Sketch of the medical history of the native army of Bombay, for the year
Year: 1872
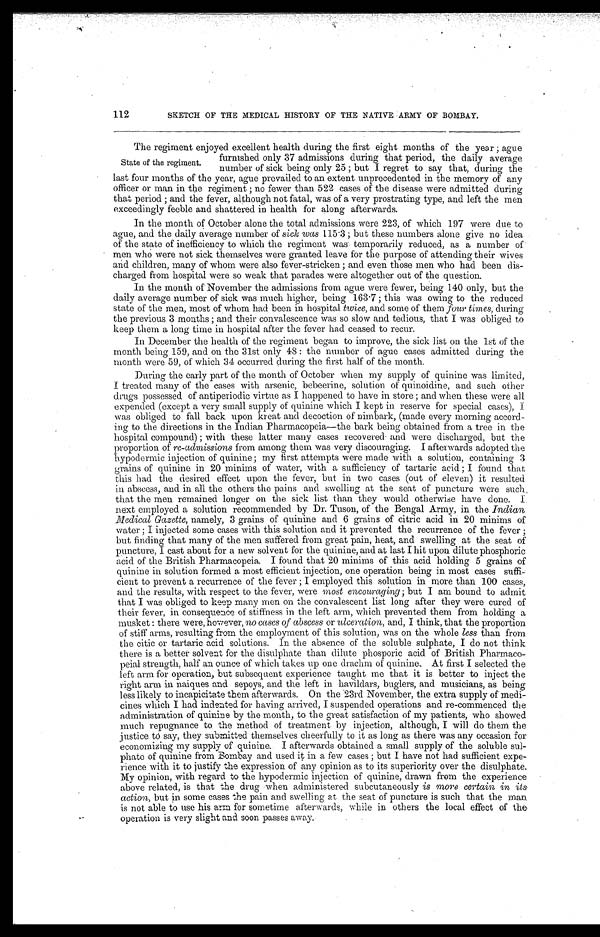
112
SKETCH OF THE MEDICAL HISTORY OF THE NATIVE ARMY OF BOMBAY.
•
The regiment enjoyed excellent health during the first eight months of the year ; ague
furnished only 37 admissions during that period, the daily average
State of the regiment.
number of sick being only 25 ; but I regret to say that, during the
last four months of the year, ague prevailed to an extent. unprecedented in the memory of any
officer or man in the regiment ; no fewer than 522 cases of the disease were admitted during
that period ; and the fever, although not fatal, was of a very prostrating type, and left the men
exceedingly feeble and shattered in health for along afterwards.
In the month of October alone the total admissions were 223, of which 197 were due to
ague, and the daily average number of sick, was 115 .3 ; but these numbers alone give no idea
of the state of inefficiency to which the regiment was' temporarily reduced, as a number of
men who were not sick themselves were granted leave for the purpose of attending their wives
and children, many of whom were also fever-stricken ; and even those men who had been dis-
charged from hospital were so weak that parades were altogether out of the question.
In the month of November the admissions from ague were fewer, being 140 only, but the
daily average number of sick was much higher, being 163 . 7 ; this was owing to the reduced
state of the men, most of , whom had been in hospital twice, and some of them four times, during
the previous 3 months ; and their convalescence was so slow and tedious, that I was obliged to
keep them a long time in hospital after the fever had ceased to recur.
In December the health of the regiment began to improve, the sick list on the 1st of the
month being 159, and on the 31st only 48 : the number of ague cases admitted during the
month were 59, of which 34 occurred during the first half of the month.
During the early part of the month of October when my supply of quinine was limited,
I treated many of the cases with arsenic, bebeerine, solution of quinoidine, and such other
drugs possessed of antiperiodic virtue as I happened to have in store ; and when these were all
expended (except a very small supply of quinine which I kept in. reserve for special cases),
was obliged to fall back upon kreat and decoction of nimbark, (made every morning accord-
ing to the directions in the Indian Pharmacopeia—the bark being obtained from a tree in the
hospital compound) ; with these latter many cases recovered and were discharged, but the
proportion of re-admissions from among them was very discouraging. I afterwards adopted the
hypodermic injection of quinine ; my first attempts were made with a solution, containing 3
grains of quinine in 20 minims of water, with a sufficiency of tartaric acid ; I found that
this had the desired effect upon the fever, but in two cases (out of eleven) it resulted
in abscess, and in all the others the pains and s we l l i n s we l l i n g a t t h e s e a t o f p u n c t u r e we r e s u c h ,
that the men remained longer on the sick list than
swelling
would otherwise have done. I.
next employed a solution recommended by Dr. Tuson, of the Bengal Army, in the Indian
_Medical Gazette, namely, 3 grains of quinine and 6 grains of citric acid in 20 minims of
water ; I injected some cases with this solution and it prevented the recurrence of the fever ;
but finding that many of the men suffered from great pain, heat, and swelling at the seat of
puncture, I cast about for a new solvent for the quinine, and at last I hit upon dilute phosphoric
acid of the British Pharmacopeia. I found that 20 minims of this acid holding 5 grains of
quinine in solution formed a most efficient injection, one operation being in most cases suffi
cient to prevent a recurrence of the fever ; I employed this solution in more than 100 cases,
and the results, with respect to the fever, were most encouraging ; but I am bound to admit
that I was obliged to keep many men on the convalescent list long after they were cured of
their fever, in consequence of stiffness in the left arm, which prevented them from holding a
musket : there were, however, no cases of abscess or ulceration, and, I think, that the proportion
of stiff arms, resulting from the employment of this solution, was on the whole less than from
the citic or tartaric acid solutions. In the absence of the soluble sulphate, I do not think
there is a better solvent for the disulphate than dilute phosporic acid of British Pharmaco
-peial strength, half an ounce of which takes up one drachm of quinine, At first I selected the
left arm for operation, but subsequent experience taught me that it is better to inject the
right arm in naiques and sepoys, and the left in havildars, buglers, and musicians, as being
less likely to incapicitate them afterwards. On the 23rd November, the extra supply of medi-
cines which I had indented for having arrived, I suspended operations and re-commenced the
administration of quinine by the month, to the great satisfaction of my patients, who showed
much repugnance to, the method of treatment by injection, although, I will do them the
justice to say, they submitted themselves cheerfully to it as long as there was any occasion for
economizing my supply of quinine.. I afterwards obtained a small supply of the soluble sul-
phate of quinine from Bombay and used it in a few cases ; but I have not had sufficient expe-
rience with it to justify the expression of any opinion as to its superiority over the disulphate.
My opinion, with regard to the hypodermic injection of quinine, drawn from the experience
above related, is that the drug when administered subcutaneously is more certain in its.
action, but in some cases the pain and swelling at the seat of puncture is such that the man
is not able to use his arm for sometime afterwards, while in others the local effect of the.
operation is very slight and soon passes away.
.